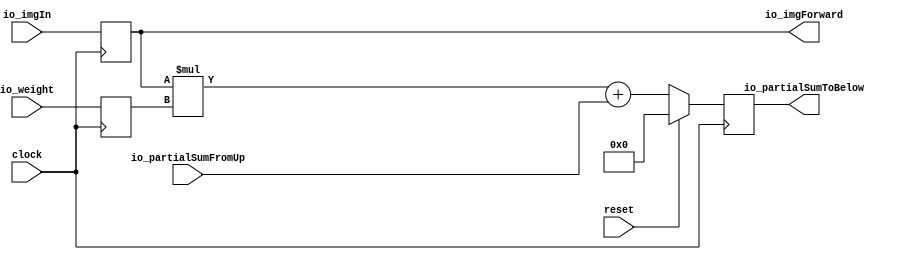
module MyDeviceUnderTest(
  input         clock,
  input         reset,
  input  [7:0]  io_imgIn,
  input  [7:0]  io_weight,
  input  [15:0] io_partialSumFromUp,
  output [15:0] io_partialSumToBelow,
  output [7:0]  io_imgForward
);
`ifdef RANDOMIZE_REG_INIT
  reg [31:0] _RAND_0;
  reg [31:0] _RAND_1;
  reg [31:0] _RAND_2;
`endif // RANDOMIZE_REG_INIT
  reg [7:0] weightReg; // @[MyDeviceUnderTest.scala 32:22]
  reg [7:0] imgReg; // @[MyDeviceUnderTest.scala 35:19]
  reg [15:0] sumReg; // @[MyDeviceUnderTest.scala 39:23]
  wire [15:0] _sumReg_T = $signed(imgReg) * $signed(weightReg); // @[MyDeviceUnderTest.scala 41:20]
  wire [15:0] _sumReg_T_3 = $signed(_sumReg_T) + $signed(io_partialSumFromUp); // @[MyDeviceUnderTest.scala 41:32]
  assign io_partialSumToBelow = sumReg; // @[MyDeviceUnderTest.scala 43:24]
  assign io_imgForward = imgReg; // @[MyDeviceUnderTest.scala 37:17]
  always @(posedge clock) begin
    weightReg <= io_weight; // @[MyDeviceUnderTest.scala 33:13]
    imgReg <= io_imgIn; // @[MyDeviceUnderTest.scala 36:10]
    if (reset) begin // @[MyDeviceUnderTest.scala 39:23]
      sumReg <= 16'sh0; // @[MyDeviceUnderTest.scala 39:23]
    end else begin
      sumReg <= _sumReg_T_3; // @[MyDeviceUnderTest.scala 41:10]
    end
  end
// Register and memory initialization
`ifdef RANDOMIZE_GARBAGE_ASSIGN
`define RANDOMIZE
`endif
`ifdef RANDOMIZE_INVALID_ASSIGN
`define RANDOMIZE
`endif
`ifdef RANDOMIZE_REG_INIT
`define RANDOMIZE
`endif
`ifdef RANDOMIZE_MEM_INIT
`define RANDOMIZE
`endif
`ifndef RANDOM
`define RANDOM $random
`endif
`ifdef RANDOMIZE_MEM_INIT
  integer initvar;
`endif
`ifndef SYNTHESIS
`ifdef FIRRTL_BEFORE_INITIAL
`FIRRTL_BEFORE_INITIAL
`endif
initial begin
  `ifdef RANDOMIZE
    `ifdef INIT_RANDOM
      `INIT_RANDOM
    `endif
    `ifndef VERILATOR
      `ifdef RANDOMIZE_DELAY
        #`RANDOMIZE_DELAY begin end
      `else
        #0.002 begin end
      `endif
    `endif
`ifdef RANDOMIZE_REG_INIT
  _RAND_0 = {1{`RANDOM}};
  weightReg = _RAND_0[7:0];
  _RAND_1 = {1{`RANDOM}};
  imgReg = _RAND_1[7:0];
  _RAND_2 = {1{`RANDOM}};
  sumReg = _RAND_2[15:0];
`endif // RANDOMIZE_REG_INIT
  `endif // RANDOMIZE
end // initial
`ifdef FIRRTL_AFTER_INITIAL
`FIRRTL_AFTER_INITIAL
`endif
`endif // SYNTHESIS
endmodule